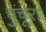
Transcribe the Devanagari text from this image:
चुंचूरा